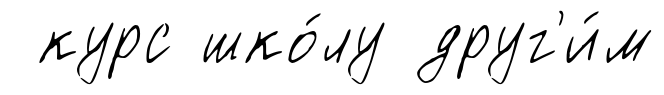
курс шко́лу друг'и́м